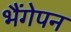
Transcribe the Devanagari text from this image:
भैंगेपन